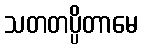
သတတပ္ပိတာမေ